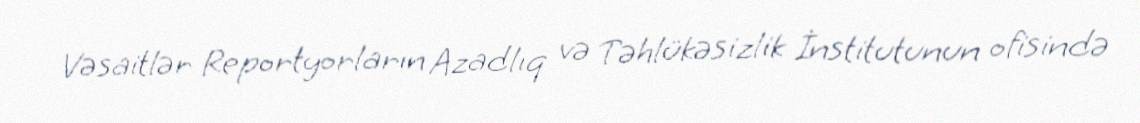
Vəsaitlər Reportyorların Azadlıq və Təhlükəsizlik İnstitutunun ofisində